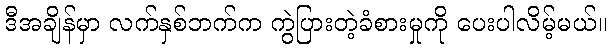
ဒီအချိန်မှာ လက်နှစ်ဘက်က ကွဲပြားတဲ့ခံစားမှုကို ပေးပါလိမ့်မယ်။